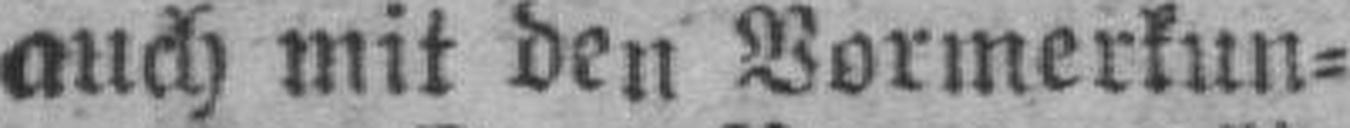
auch mit den Vormerkun¬